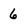
Character: 6